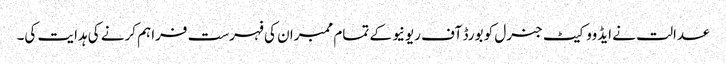
عدالت نے ایڈووکیٹ جنرل کو بورڈ آف ریونیو کے تمام ممبران کی فہرست فراہم کرنے کی ہدایت کی۔